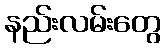
နည်းလမ်းတွေ